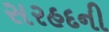
સરહદની